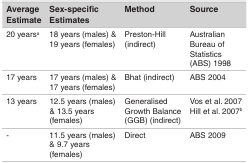
| Average Estimate | Sex-specific Estimates | Method | Source |
 | --- | --- | --- | --- |
 | 20 yearsa | 18 years (males) & 19 years (females) | Preston-Hill (indirect) | Australian Bureau of Statistics (ABS) 1998 |
 | 17 years | 17 years (males) & 17 years (females) | Bhat (indirect) | ABS 2004 |
 | 13 years | 12.5 years (males) & 13.5 years (females) | Generalised Growth Balance (GGB) (indirect) | Vos et al. 2007 Hill et al. 2007b |
 | − | 11.5 years (males) & 9.7 years (females) | Direct | ABS 2009 |